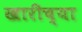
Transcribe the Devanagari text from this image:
खारीच्या